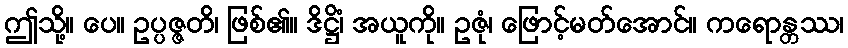
ဤသို့။ ပေ။ ဥပ္ပဇ္ဇတိ၊ ဖြစ်၏။ ဒိဋ္ဌိံ၊ အယူကို။ ဥဇုံ၊ ဖြောင့်မတ်အောင်။ ကရောန္တဿ၊